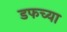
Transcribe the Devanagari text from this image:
डफच्या